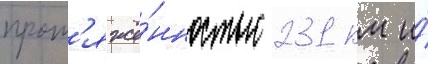
прот'яжё́нностью 231 км и́